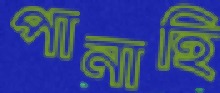
পানাহি